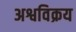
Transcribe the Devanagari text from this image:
अश्वविक्रय